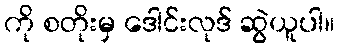
ကို စတိုးမှ ဒေါင်းလုဒ် ဆွဲယူပါ။